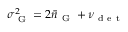
\sigma _ { \mathrm { ~ G ~ } } ^ { 2 } = 2 \bar { n } _ { \mathrm { ~ G ~ } } + \nu _ { \mathrm { ~ d ~ e ~ t ~ } }